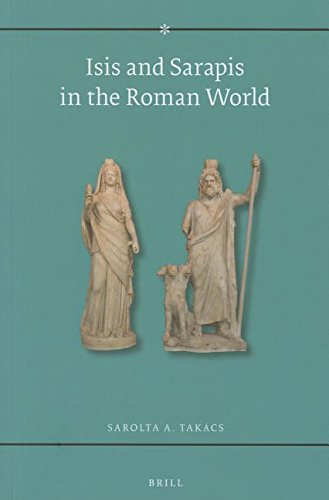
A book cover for Isis and Sarapis in the Roman World; Sarolta A. Takacs; History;